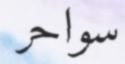
سواحر